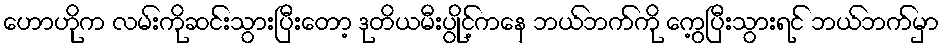
ဟောဟိုက လမ်းကိုဆင်းသွားပြီးတော့ ဒုတိယမီးပွိုင့်ကနေ ဘယ်ဘက်ကို ကွေ့ပြီးသွားရင် ဘယ်ဘက်မှာ